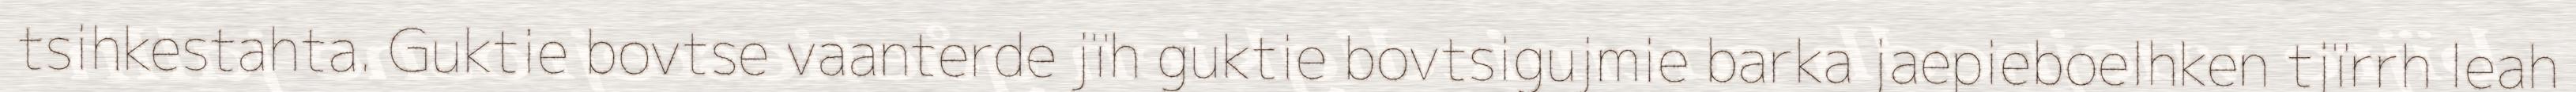
tsihkestahta. Guktie bovtse vaanterde jïh guktie bovtsigujmie barka jaepieboelhken tjïrrh leah